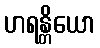
ဟရန္တိယော